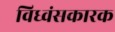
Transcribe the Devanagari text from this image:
विध्वंसकारक